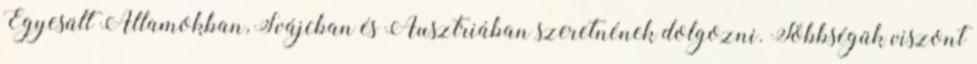
Egyesült Államokban, Svájcban és Ausztriában szeretnének dolgozni. Többségük viszont